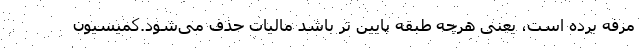
مرفه برده است، یعنی هرچه طبقه پایین تر باشد مالیات حذف می‌شود.کمیسیون